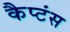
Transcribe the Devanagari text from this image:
कैप्‍टंस